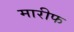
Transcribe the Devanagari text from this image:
मारीफ